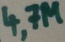
Text: 4,7M